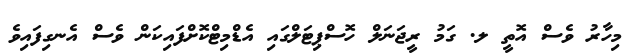
މިހާރު ވެސް އޮތީ ލ. ގަމު ރީޖަނަލް ހޮސްޕިޓަލްގައި އެޑްމިޓްކޮށްފައިކަން ވެސް އެނގިފައިވެ